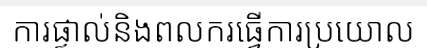
ការផ្ទាល់និងពលករធ្វើការប្រយោល